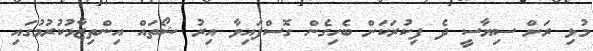
މުޅި ރަށް ސިޔާސީ ދެ ފިކުރަކަށް ބެހިގެން ގޮސްފައިވާ އިރު ޝޯތައް އިންތިޒާމުކުރުމުގައި